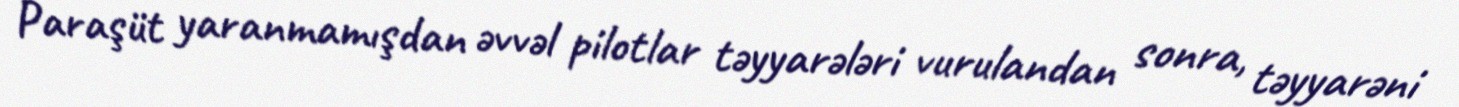
Paraşüt yaranmamışdan əvvəl pilotlar təyyarələri vurulandan sonra, təyyarəni